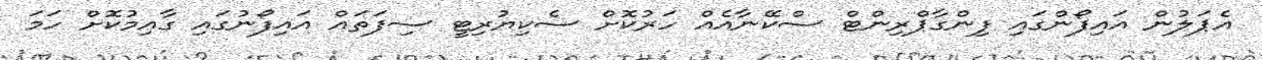
އެޕަލުން އައިފޯންގައި ފިންގާޕްރިންޓް ސްކޭނާއެއް ހަރުކޮށް ސެކިޔުރިޓީ ސިފަތައް އައިފޯނުގައި ގާއިމުކޮށް ހަމަ